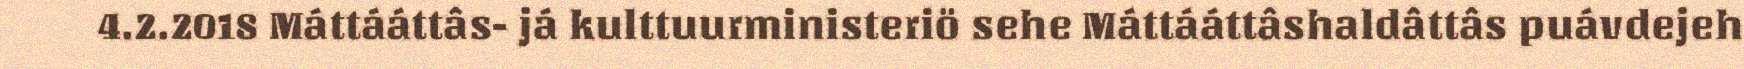
4.2.2018 Máttááttâs- já kulttuurministeriö sehe Máttááttâshaldâttâs puávdejeh